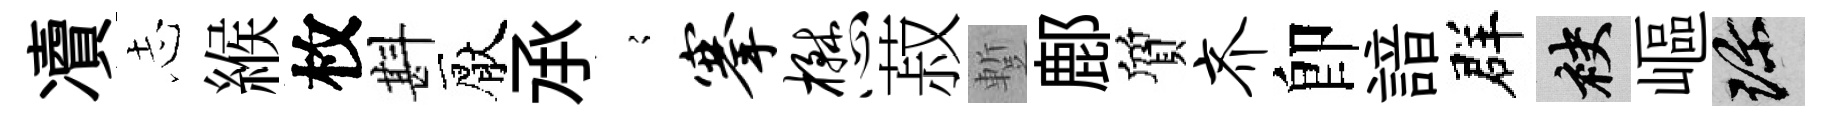
凟𢖽緱枚斟厭𠄘𡪹搴懋菽蹔鄜質齐卽諳群袂嶇珍